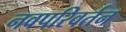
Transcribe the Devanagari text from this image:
नवपरिवर्तन